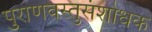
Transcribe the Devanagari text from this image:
पुराणवस्तुसंशोधक